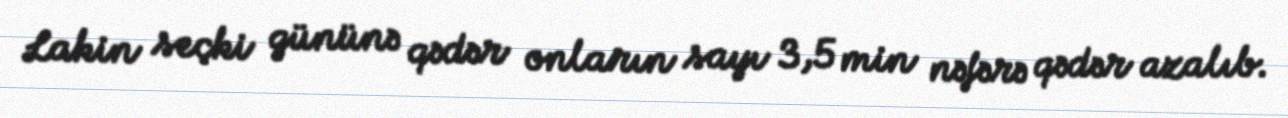
Lakin seçki gününə qədər onların sayı 3,5 min nəfərə qədər azalıb.